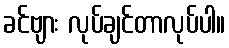
ခင်ဗျား လုပ်ချင်တာလုပ်ပါ။